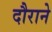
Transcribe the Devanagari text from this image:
दौराने